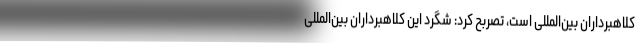
کلاهبرداران بین‌المللی است، تصربح کرد: شگرد این کلاهبرداران بین‌المللی